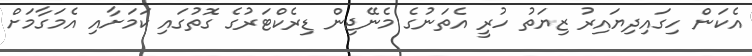
އެކަން ހިގައިދިޔައިރު ޒިޔަތު ހުރީ އެތަނުގެ މެނޭޖިން ޑިރެކްޓަރުގެ ގޮތުގައި ކަމަށާއި އެމަގާމަށް